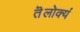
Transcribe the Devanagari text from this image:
तॆलोक्यं